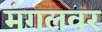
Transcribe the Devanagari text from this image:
मंगलवर